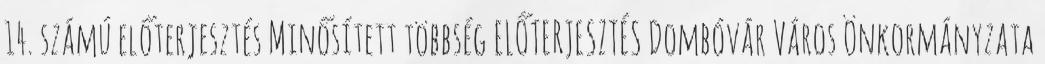
14. számú előterjesztés Minősített többség ELŐTERJESZTÉS Dombóvár Város Önkormányzata